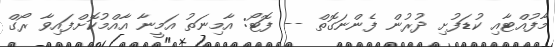
މާފުއްޓާއި ކުޑަފުށި ދުރުން ފެންނަގޮތް -- ފޮޓޯ: އާމިނަތު އަމީނާ އާއްމުކޮށްފައިވާ ރޯގް